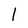
Character: 1